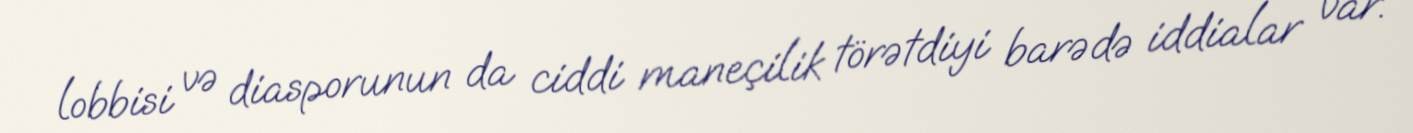
lobbisi və diasporunun da ciddi maneçilik törətdiyi barədə iddialar var.